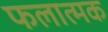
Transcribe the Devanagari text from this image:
फलात्मक